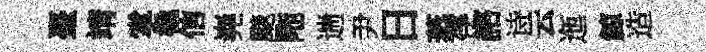
臺靖掌橇信嶤颷陁遄尹日蒸俘諮诗云迤鯨造